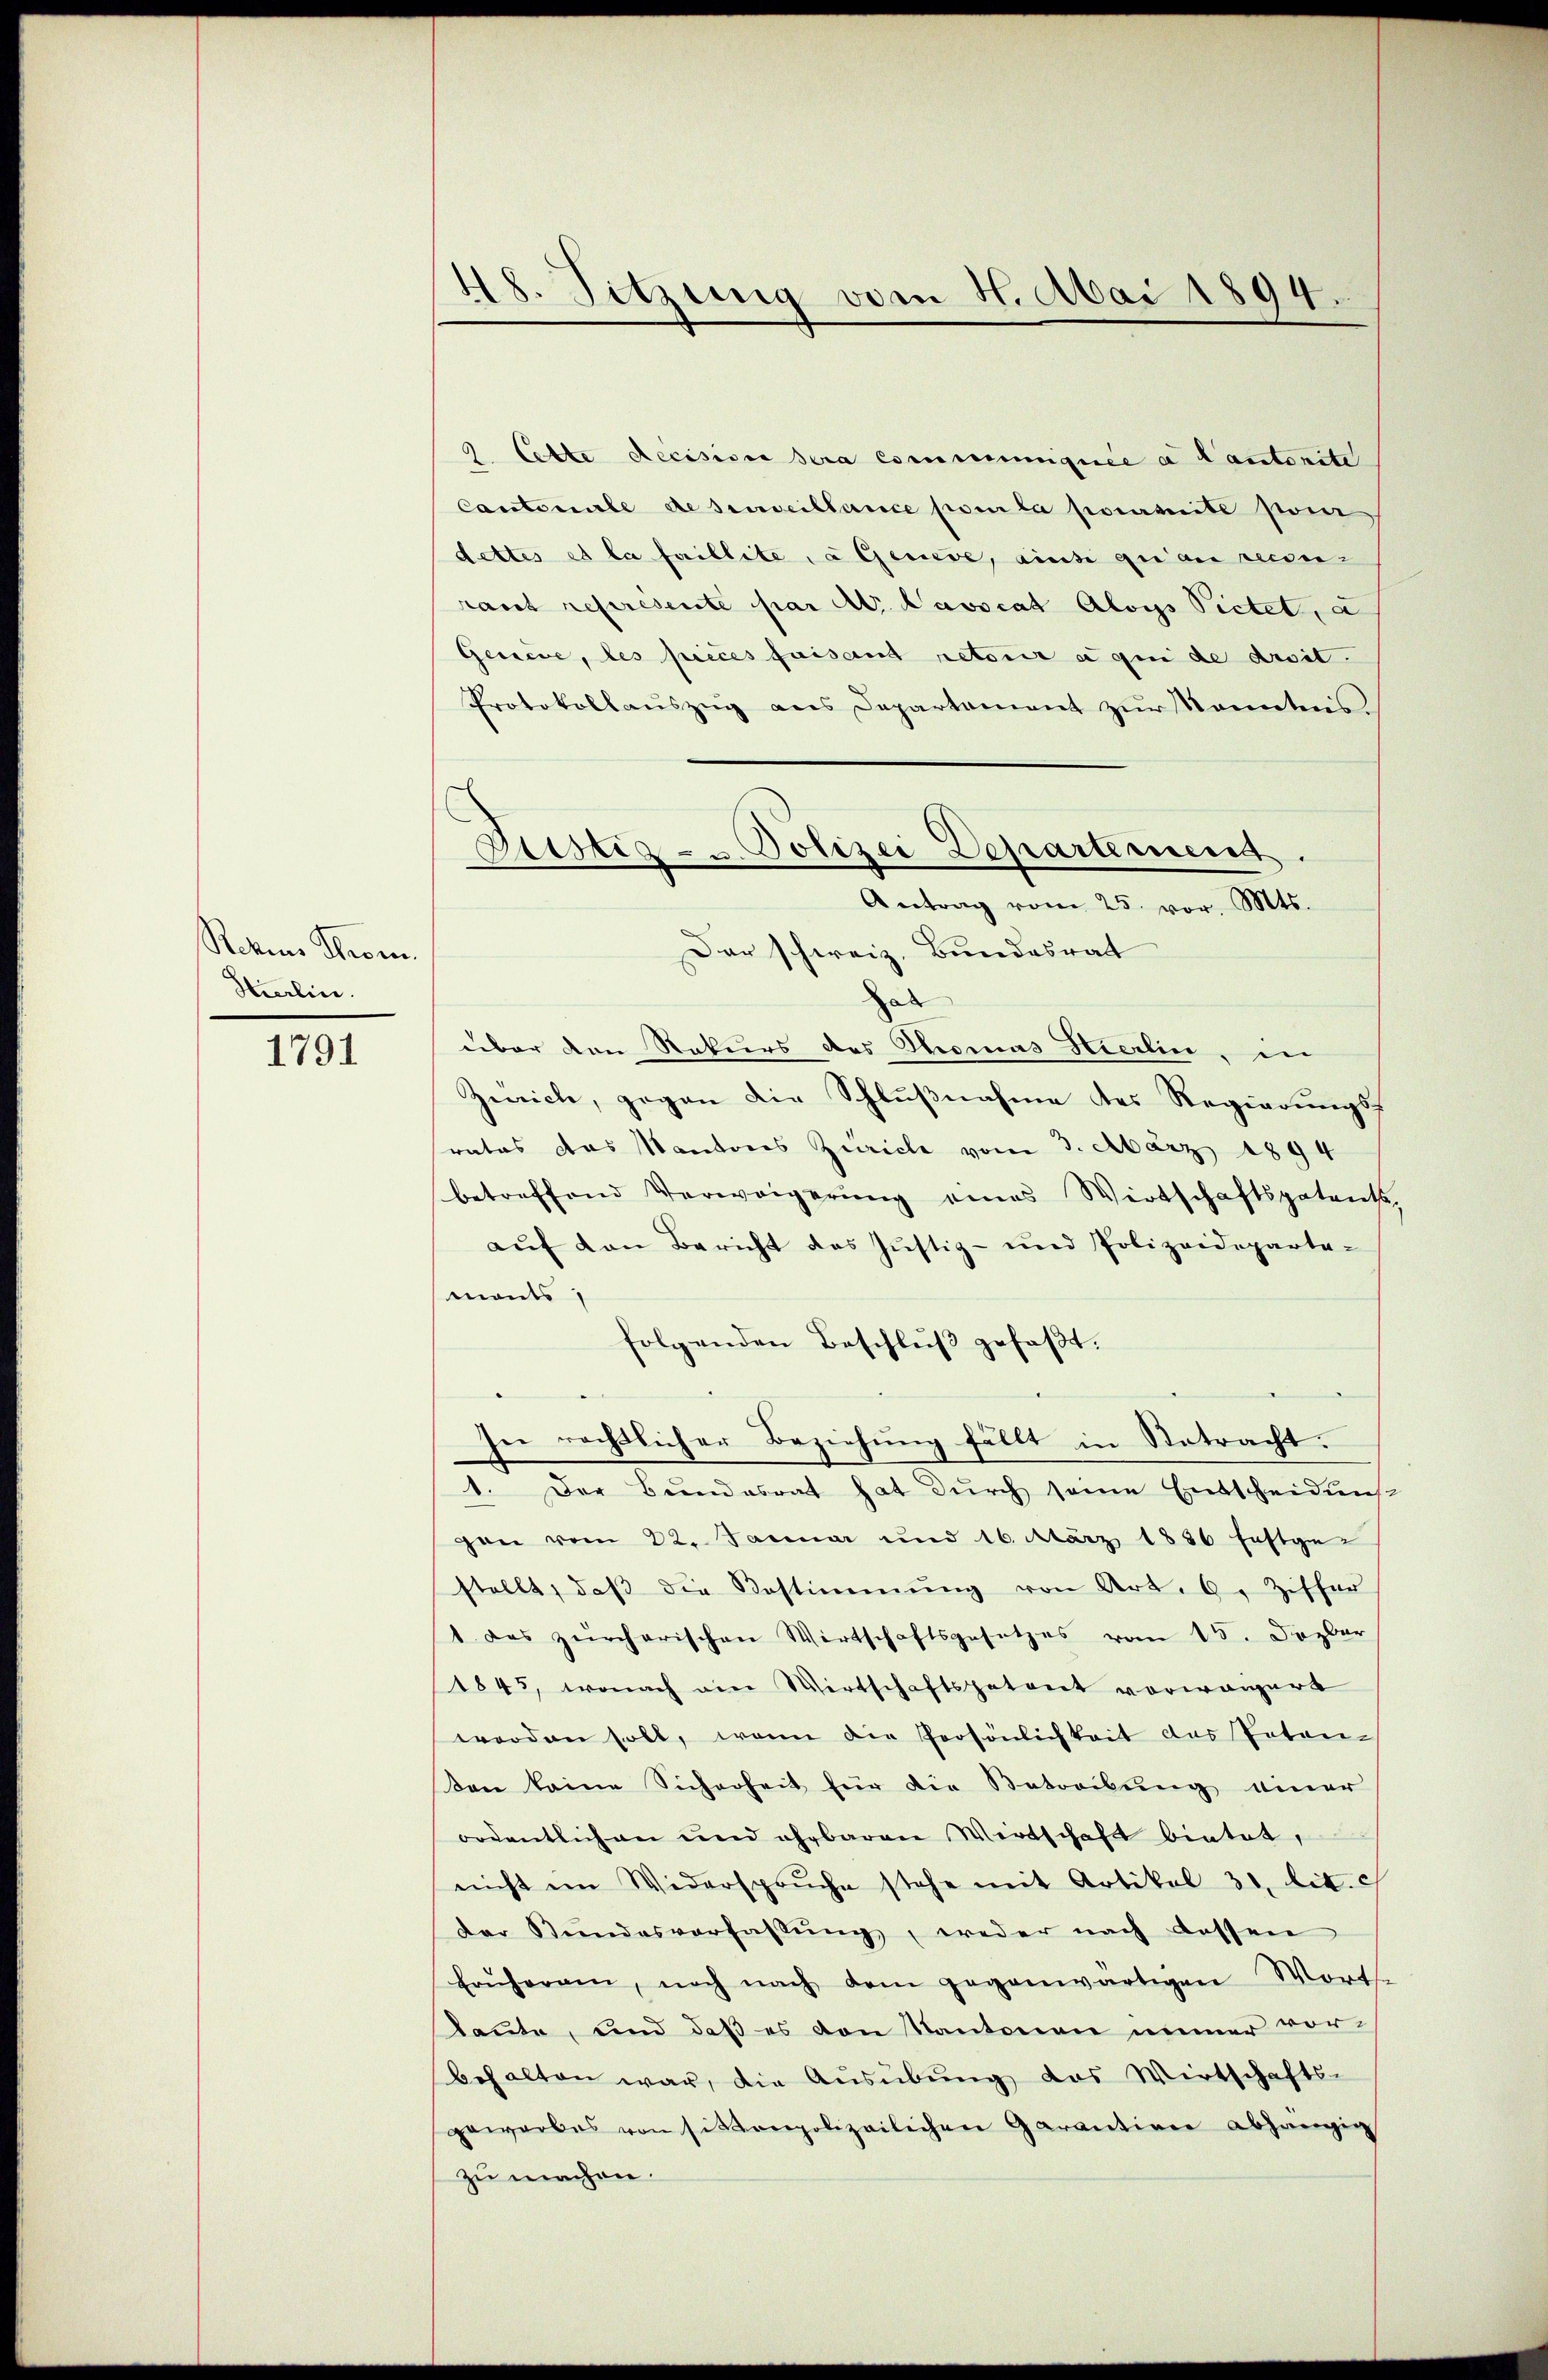
Rekens Thom.
Stierlin.

1791

9. Cette Recisione sera communiquée a Cantonite
Cantonale de surveillance par la paravite son
dettes et la faillite, a Geneve, ainsi qui au recon-
raut représente par ab. Navocat Aloys Pictet, a
Geniere, les pieces faisant retour a qui de droit.
Protokollaŭszŭg ans Departement zŭr Konntens
e

48. Sitzung vom 4. Mai 1894.

Dinstig - u. Polizei Departement.
Antrag vom 25. vor. Mts.

Der schweiz. Bundesrat
al
über den Rekurs des Thomas Kierlin, in
Zürich, gegen die Schlußnahme des Regierungsratos das Kantores Zürich vom 3. März 1894
betreffend Verweigerŭng eines Wirtschaftspatente,
auf den Bericht das Justiz- und Polizeidepartemonts
folgenden Beschlŭβ gefaβt.
In rechtlicher Beziehung fällt in Retracht.
1. Der Bŭndesrat hat dŭrch seine Entscheidung
gen vom 22. Januar und 16. März 1836 Erstgestellt, daβ die Bestimmung von Art. 6. Ziffer
1 das zürcherischen Wirtschaftsgesetzes vom 15. Dezbr
1845, wonach ein Wirtschaftspatent vorwärgert
worden soll, wenn die Persönlichkeit das Paten-
Don keine Sicherheit für die Betreibung einer
ordentlichen und ehrbaren Wirtschaft bietet,
nicht im Widersprŭche stehe mit Artikel 31. lit. c
der Stŭndesverfassŭng, weder nach dessen
Frŭherren, noch nach dem gegenwärtigen Wort-
laute, und daß es den Kantonen immer vor-
behalten war, die Ausübung das Wirtschafts-
gewarbes von sitzenpolizeilichen Garantion abhängig
zu machen.